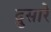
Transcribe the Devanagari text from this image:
दुसारे